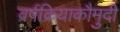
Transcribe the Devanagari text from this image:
वर्षक्रियाकौमुदी